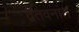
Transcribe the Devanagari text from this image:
द्वैतवनांत